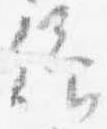
仰